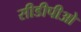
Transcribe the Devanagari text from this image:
सीडीपीओ